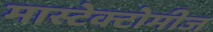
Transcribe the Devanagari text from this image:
मास्टेक्टोमीज